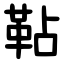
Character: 䩞